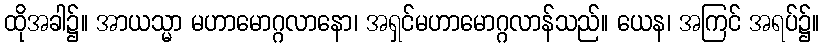
ထိုအခါ၌။ အာယသ္မာ မဟာမောဂ္ဂလာနော၊ အရှင်မဟာမောဂ္ဂလာန်သည်။ ယေန၊ အကြင် အရပ်၌။